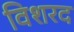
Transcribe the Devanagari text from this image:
विशरद